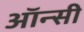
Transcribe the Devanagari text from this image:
ऑन्सी